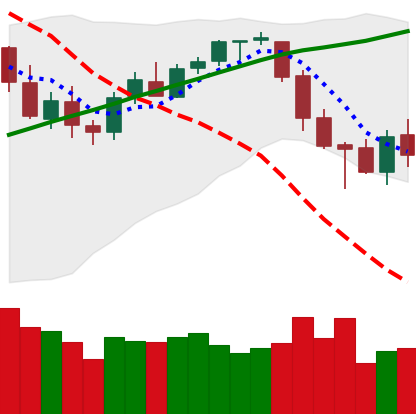
Ticker: BTC-USD
Chart end date: 2018-03-12
Forward return: -13.995%
Label: down_7plus